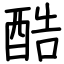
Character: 酷